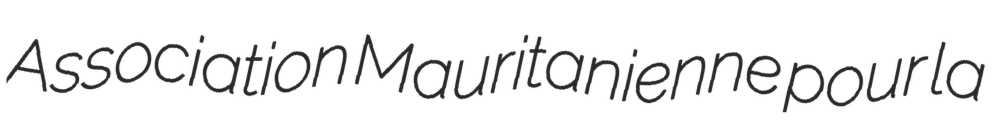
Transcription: Association Mauritanienne pour la